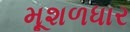
મૂશળધાર